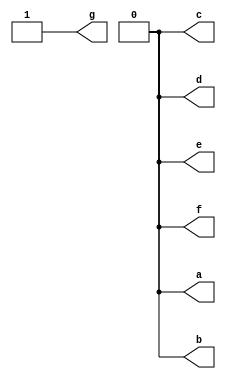
module sevenseg(output reg a,output reg b,output reg c,output reg d,output reg e,output reg f,output reg g);
initial
begin
a=0;
b=0;
c=0;
d=0;
e=0;
f=0;
g=1;
end
endmodule